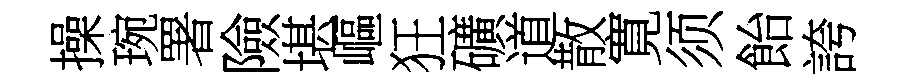
操琬署險堪嶇狂礦道散寛须飴誇